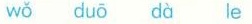
wǒ duó dà lè